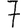
Digit: 7